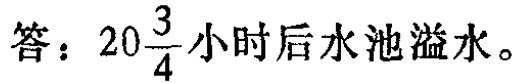
答：\(20\frac{3}{4}\)小时后水池溢水。